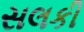
સલકી